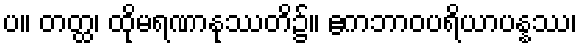
ပ။ တတ္ထ၊ ထိုမရဏာနုဿတိ၌။ ဧကဘာဝပရိယာပန္နဿ၊